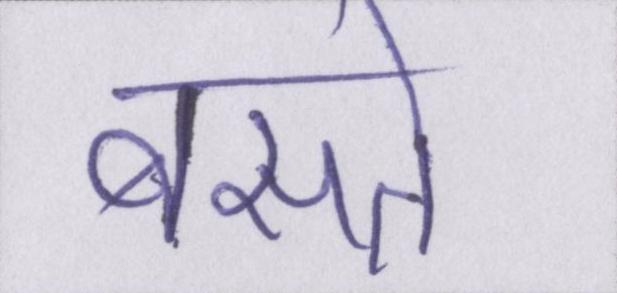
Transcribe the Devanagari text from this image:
बसते